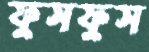
ফুসফুস